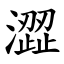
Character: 澀